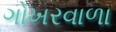
ગોખરવાળા